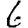
Digit: 6